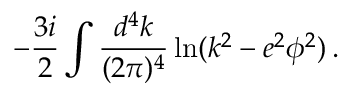
- \frac { 3 i } { 2 } \int { \frac { d ^ { 4 } k } { ( 2 \pi ) ^ { 4 } } } \ln ( k ^ { 2 } - e ^ { 2 } \phi ^ { 2 } ) \, .